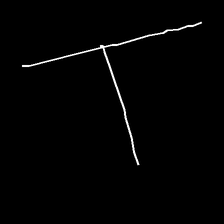
Glyph: column